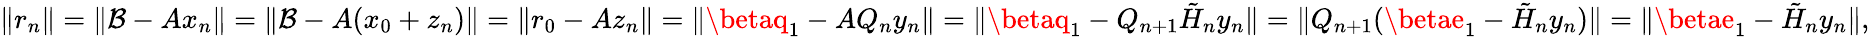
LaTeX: \| r_{n}\| =\| \mathcal{B}-Ax_{n}\| =\| \mathcal{B}-A(x_{0}+z_{n})\| =\| r_{0}-Az_{n}\| =\| \betaq_{1}-AQ_{n}y_{n}\| =\| \betaq_{1}-Q_{n+1}{\tilde{{H}}}_{n}y_{n}\| =\| Q_{n+1}(\betae_{1}-{\tilde{{H}}}_{n}y_{n})\| =\| \betae_{1}-{\tilde{{H}}}_{n}y_{n}\| ,